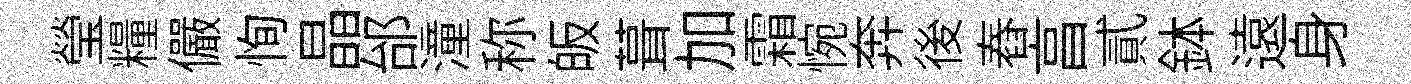
瑩糧儼恂晶邰潼称皈葺加霜惋奔後舂亯貳鉢遠身